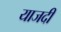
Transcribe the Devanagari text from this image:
याजदी